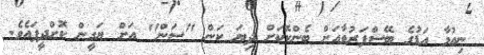
ނިއުމާ އަޑުގެ ބޭސްފަރުވާއަށް ބެންކޮކަށް ދިޔަ ކަން "ސަން" އަށް ޔަގީން ކޮށްދީފައެވެ.